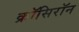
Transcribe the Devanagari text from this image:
क्रॉसिरॉन